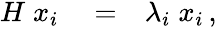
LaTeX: \begin{array}{rlr}{H\; x_{i}}&{{}=}&{\lambda_{i}\; x_{i}\, ,}\end{array}